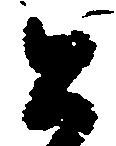
公